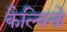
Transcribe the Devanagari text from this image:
कैल्विनो